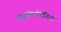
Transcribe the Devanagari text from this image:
समूहांसाठीदेखिल